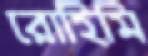
রোহিমি